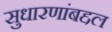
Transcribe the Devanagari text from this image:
सुधारणांबद्दल